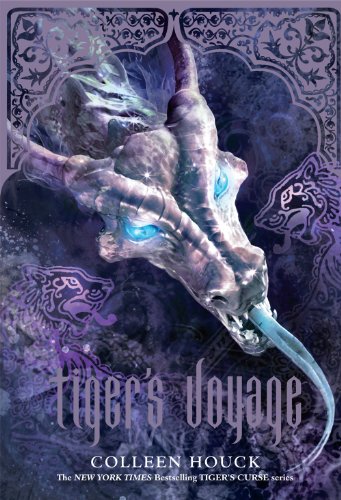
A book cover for Tiger's Voyage (Book 3 in the Tiger's Curse Series); Colleen Houck; Teen & Young Adult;